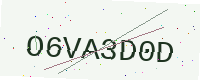
Text: O6VA3D0D